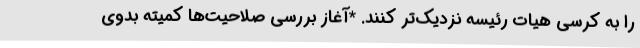
را به کرسی هیات رئیسه نزدیک‌تر کنند. *آغاز بررسی صلاحیت‌ها کمیته بدوی